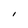
Character: I